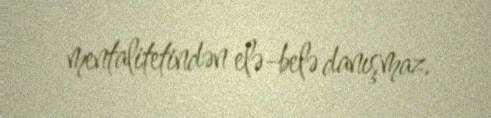
mentalitetindən elə-belə danışmaz.